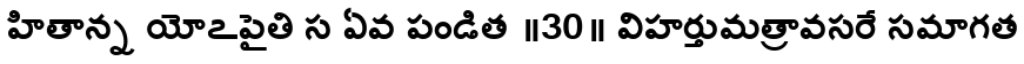
హితాన్న యోఽపైతి స ఏవ పండిత ॥30॥ విహర్తుమత్రావసరే సమాగత